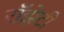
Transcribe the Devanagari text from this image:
रॉझेटी